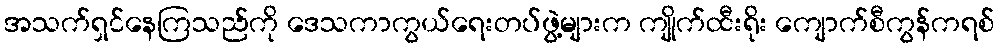
အသက်ရှင်နေကြသည်ကို ဒေသကာကွယ်ရေးတပ်ဖွဲ့များက ကျိုက်ထီးရိုး ကျောက်စီကွန်ကရစ်